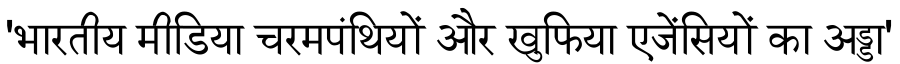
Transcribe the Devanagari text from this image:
'भारतीय मीडिया चरमपंथियों और खुफिया एजेंसियों का अड्डा'